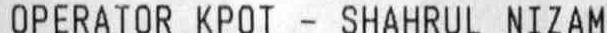
OPERATOR KPOT - SHAHRUL NIZAM